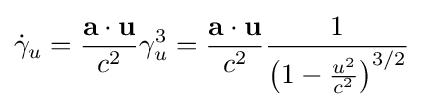
{\dot {\gamma }}_{u}={\frac {\mathbf {a} \cdot \mathbf {u} }{c^{2}}}\gamma _{u}^{3}={\frac {\mathbf {a} \cdot \mathbf {u} }{c^{2}}}{\frac {1}{\left(1-{\frac {u^{2}}{c^{2}}}\right)^{3/2}}}